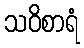
သဝိစာရံ